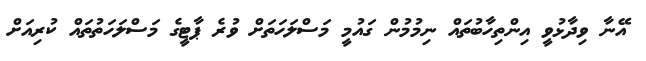
އޭނާ ވިދާޅުވީ އިންތިހާބުތައް ނިމުމުން ގައުމީ މަސްލަހަތަށް ވުރެ ޕާޓީގެ މަސްލަހަތުތައް ކުރިއަށް